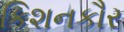
કિશનકૌર